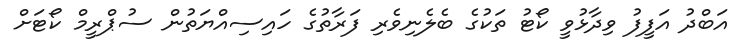
އަބްދު އަފީފު ވިދާޅުވީ ކޯޓު ތަކުގެ ބެލެނިވެރި ފަރާތުގެ ހައިސިއްޔަތުން ސުޕްރީމް ކޯޓަށް